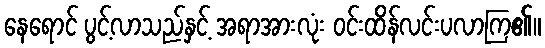
နေရောင် ပွင့်လာသည်နှင့် အရာအားလုံး ဝင်းထိန်လင်းပလာကြ၏။